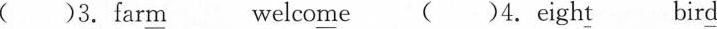
( )3.far\underline{m} welco\underline{m}e ( )4. eigh\underline{t} bir\underline{d}